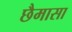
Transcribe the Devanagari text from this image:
छैमासा